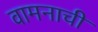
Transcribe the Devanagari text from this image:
वामनाची